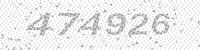
Solution: 474926